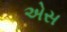
એસ